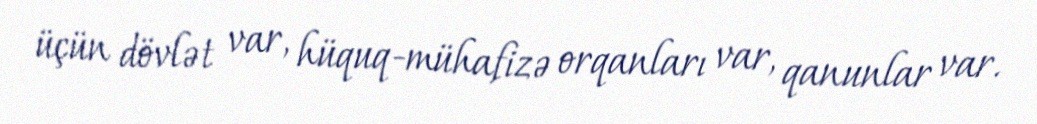
üçün dövlət var, hüquq-mühafizə orqanları var, qanunlar var.